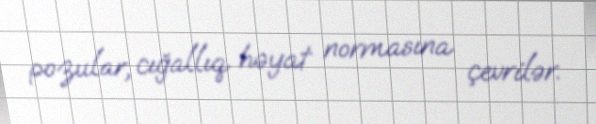
pozular, cığallıq həyat normasına çevrilər.